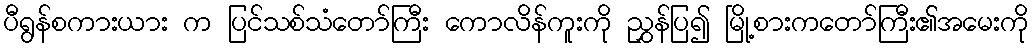
ပီရွန်စကားယား က ပြင်သစ်သံတော်ကြီး ကောလိန်ကူးကို ညွှန်ပြ၍ မြို့စားကတော်ကြီး၏အမေးကို